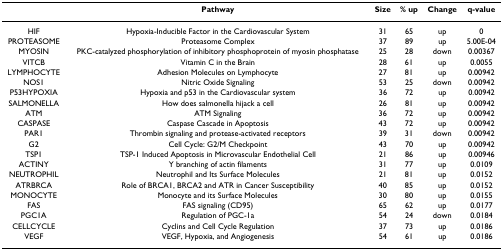
|  | Pathway | Size | % up | Change | q-value |
 | --- | --- | --- | --- | --- | --- |
 | HIF | Hypoxia-Inducible Factor in the Cardiovascular System | 31 | 65 | up | 0 |
 | PROTEASOME | Proteasome Complex | 37 | 89 | up | 5.00E-04 |
 | MYOSIN | PKC-catalyzed phosphorylation of inhibitory phosphoprotein of myosin phosphatase | 25 | 28 | down | 0.00367 |
 | VITCB | Vitamin C in the Brain | 28 | 61 | up | 0.0055 |
 | LYMPHOCYTE | Adhesion Molecules on Lymphocyte | 27 | 81 | up | 0.00942 |
 | NOS1 | Nitric Oxide Signaling | 53 | 25 | down | 0.00942 |
 | P53HYPOXIA | Hypoxia and p53 in the Cardiovascular system | 36 | 72 | up | 0.00942 |
 | SALMONELLA | How does salmonella hijack a cell | 26 | 81 | up | 0.00942 |
 | ATM | ATM Signaling | 36 | 72 | up | 0.00942 |
 | CASPASE | Caspase Cascade in Apoptosis | 43 | 72 | up | 0.00942 |
 | PAR1 | Thrombin signaling and protease-activated receptors | 39 | 31 | down | 0.00942 |
 | G2 | Cell Cycle: G2/M Checkpoint | 43 | 70 | up | 0.00942 |
 | TSP1 | TSP-1 Induced Apoptosis in Microvascular Endothelial Cell | 21 | 86 | up | 0.00946 |
 | ACTINY | Y branching of actin filaments | 31 | 77 | up | 0.0109 |
 | NEUTROPHIL | Neutrophil and Its Surface Molecules | 21 | 81 | up | 0.0152 |
 | ATRBRCA | Role of BRCA1, BRCA2 and ATR in Cancer Susceptibility | 40 | 85 | up | 0.0152 |
 | MONOCYTE | Monocyte and its Surface Molecules | 30 | 80 | up | 0.0155 |
 | FAS | FAS signaling (CD95) | 65 | 62 | up | 0.0177 |
 | PGC1A | Regulation of PGC-1a | 54 | 24 | down | 0.0184 |
 | CELLCYCLE | Cyclins and Cell Cycle Regulation | 37 | 73 | up | 0.0186 |
 | VEGF | VEGF, Hypoxia, and Angiogenesis | 54 | 61 | up | 0.0186 |